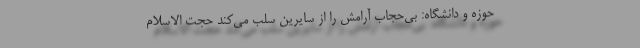
حوزه و دانشگاه: بی‌حجاب آرامش را از سایرین سلب می‌کند حجت الاسلام